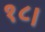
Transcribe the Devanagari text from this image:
१८।